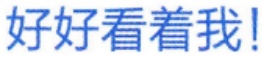
好好看着我!